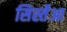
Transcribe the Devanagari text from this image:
सिर्स्तेआ